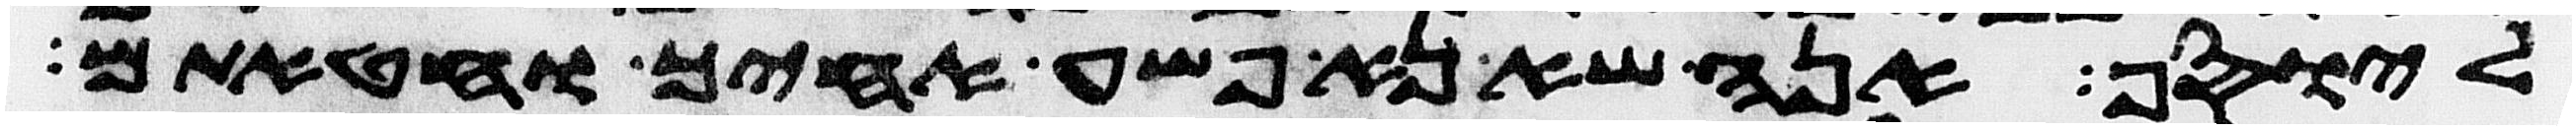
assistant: ליוסף אנה שא נא פשע אחיך וחטאתם